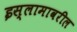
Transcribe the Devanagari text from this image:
इस्लामावरील